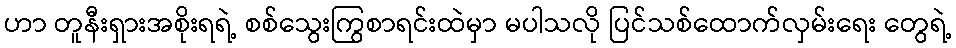
ဟာ တူနီးရှားအစိုးရရဲ့ စစ်သွေးကြွစာရင်းထဲမှာ မပါသလို ပြင်သစ်ထောက်လှမ်းရေး တွေရဲ့